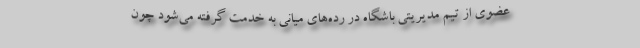
عضوی از تیم مدیریتی باشگاه در رده‌های میانی به خدمت گرفته می‌شود چون